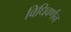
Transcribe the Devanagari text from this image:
विधिवर्णन